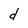
Character: d